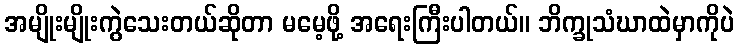
အမျိုးမျိုးကွဲသေးတယ်ဆိုတာ မမေ့ဖို့ အရေးကြီးပါတယ်။ ဘိက္ခုသံဃာထဲမှာကိုပဲ